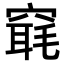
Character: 𥧢